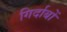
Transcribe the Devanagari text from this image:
गिर्दाबों